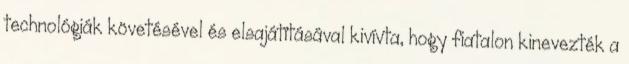
technológiák követésével és elsajátításával kivívta, hogy fiatalon kinevezték a